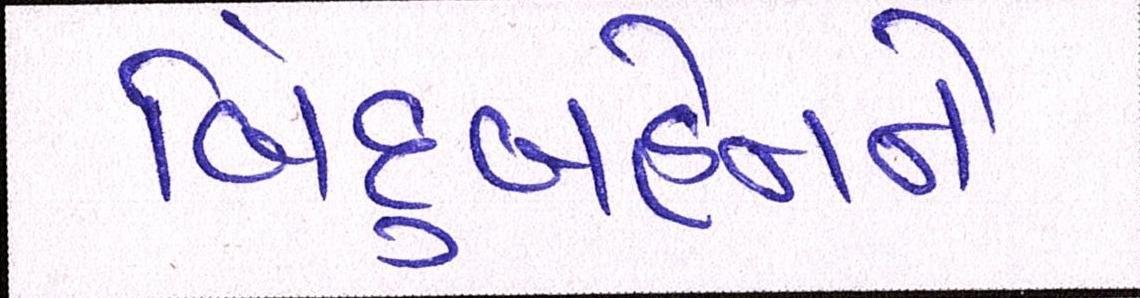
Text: બિંદુબહેનને